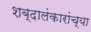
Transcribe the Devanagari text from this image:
शब्दालंकारांच्या